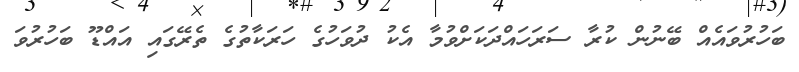
ބަހުރުވައެއް ބޭނުން ކުރާ ސަރަހައްދަކަށްވުމާ އެކު ދުވަހުގެ ހަރަކާތުގެ ތެރޭގައި އައްޑޫ ބަހުރުވަ